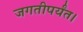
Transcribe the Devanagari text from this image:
जगतीपर्यंत।